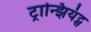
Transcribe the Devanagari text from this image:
ट्रान्झियंट्स